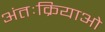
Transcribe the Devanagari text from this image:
अंतःक्रियाओ